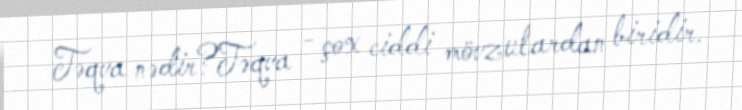
Təqva nədir?Təqva - çox ciddi mövzulardan biridir.